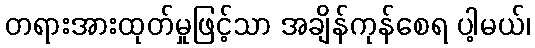
တရားအားထုတ်မှုဖြင့်သာ အချိန်ကုန်စေရ ပါ့မယ်၊